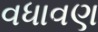
વધાવણ